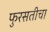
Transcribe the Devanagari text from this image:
फुरसतीचा